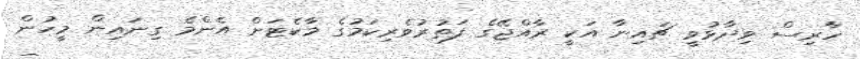
ހާރިސް ވިދާޅުވީ ޗައިނާ އަކީ ރާއްޖޭގެ ފަތުރުވެރިކަމުގެ މާކެޓަށް އެންމެ ގިނައިން މީހުން